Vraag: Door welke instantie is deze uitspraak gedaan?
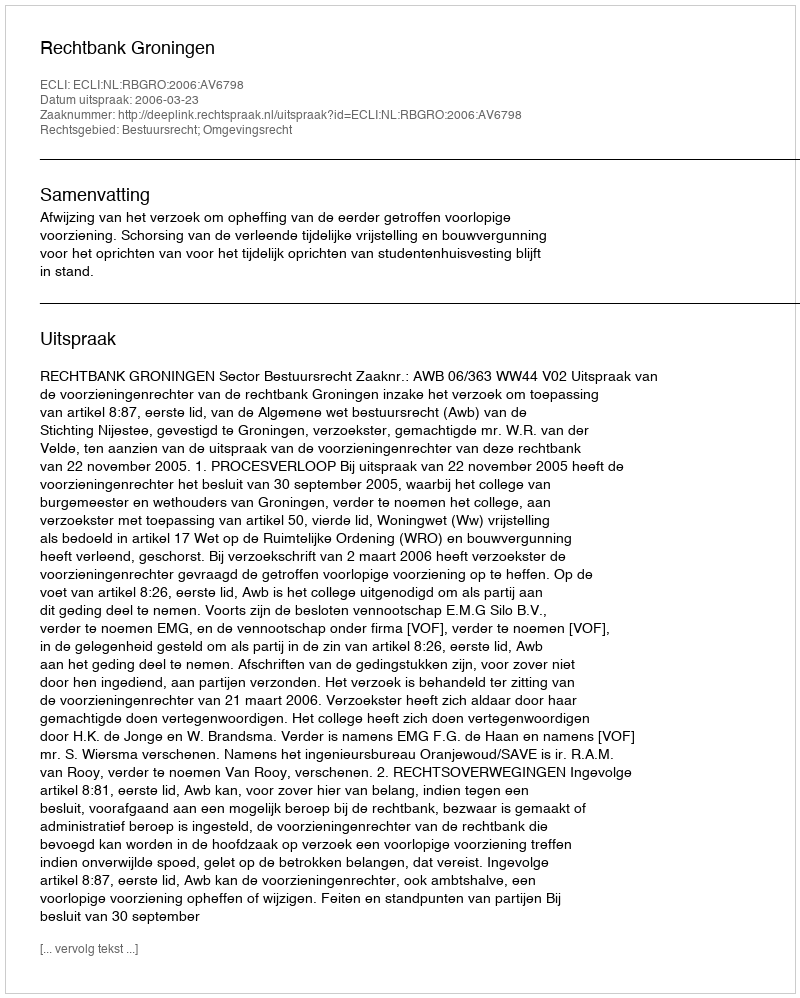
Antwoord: Rechtbank Groningen